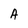
Character: A